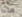
ماذا